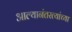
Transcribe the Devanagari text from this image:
आल्यानंतरत्यांच्या